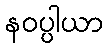
နဝပ္ပါယာ